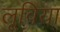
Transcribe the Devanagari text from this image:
लूविया